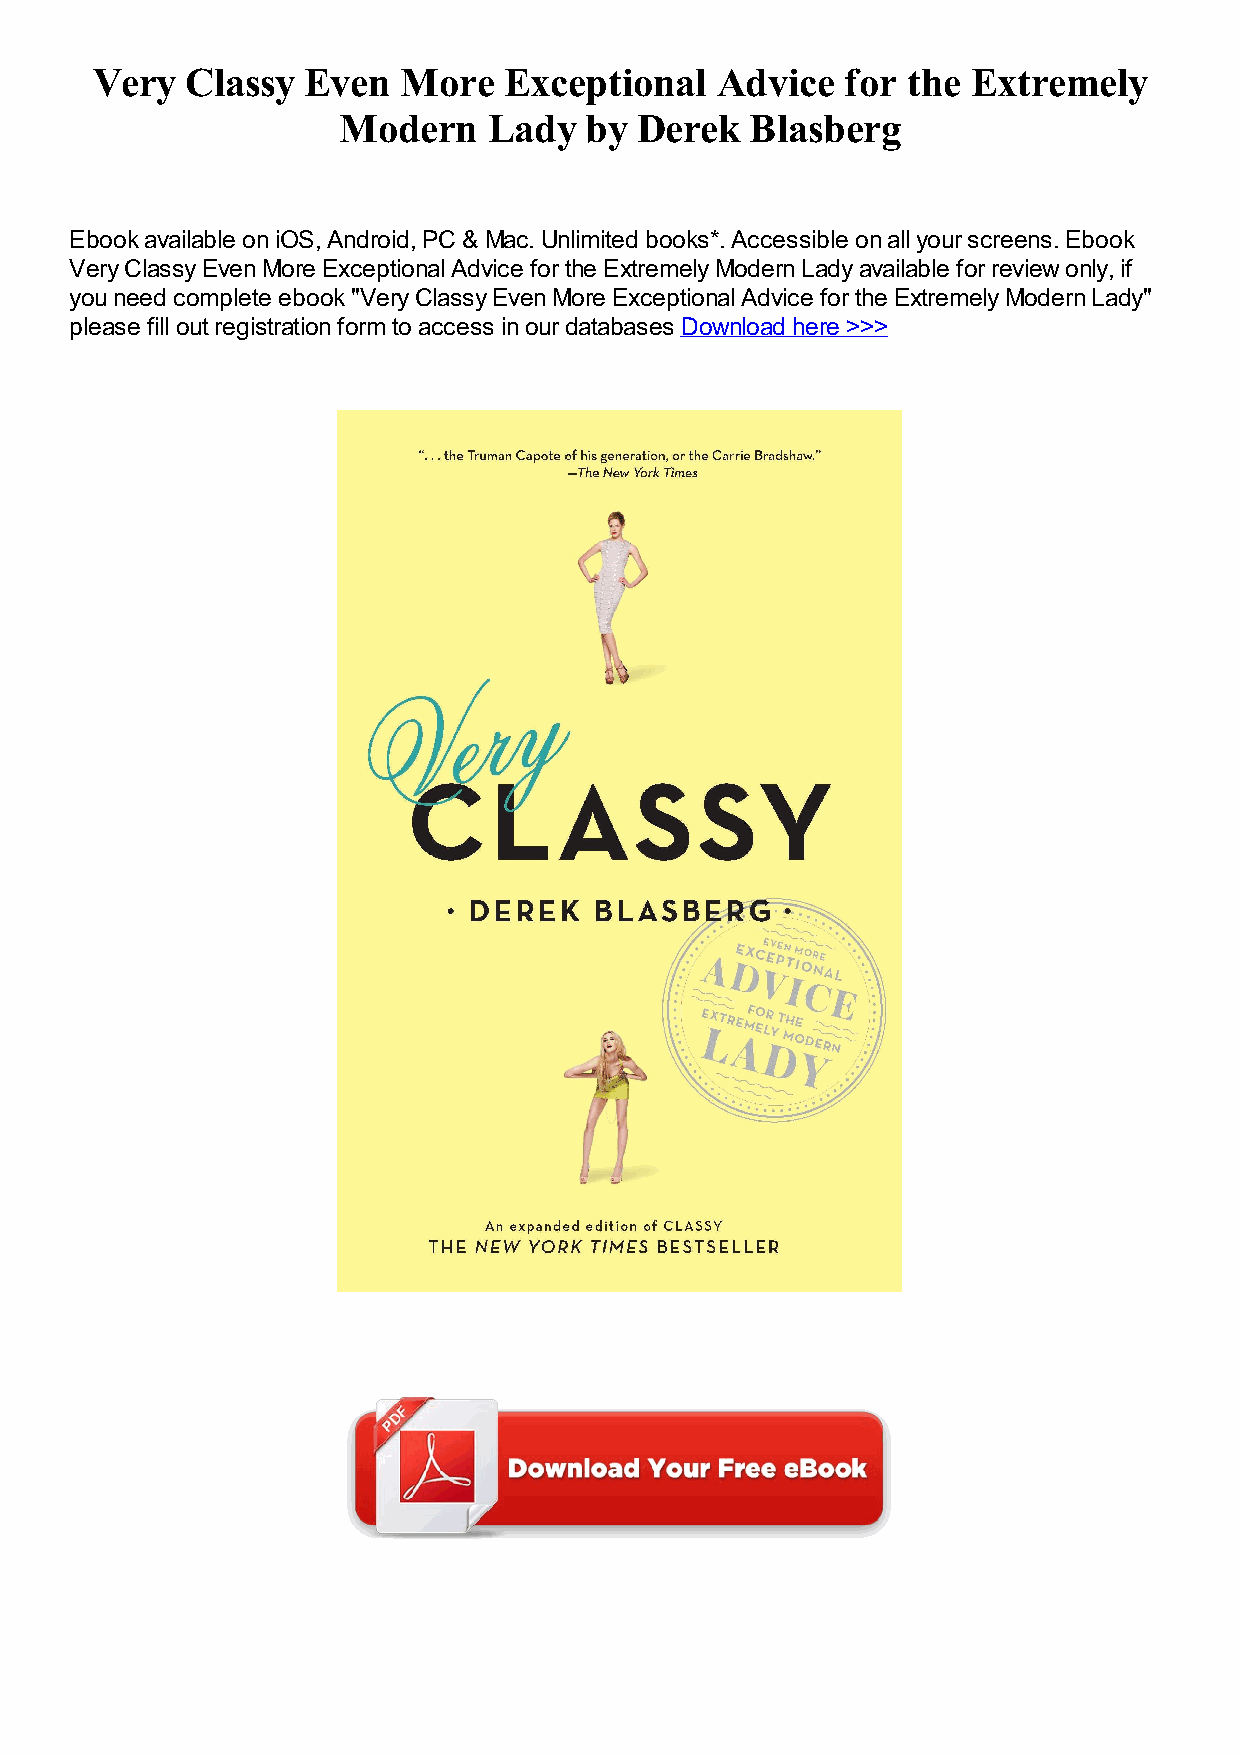
Very  Classy  Even  More   Exceptional   Advice   for the Extremely
 Modern    Lady   by Derek   Blasberg
 Ebook available on iOS, Android, PC & Mac. Unlimited books*. Accessible on all your screens. Ebook
 Very Classy Even More Exceptional Advice for the Extremely Modern Lady available for review only, if
 you need complete ebook "Very Classy Even More Exceptional Advice for the Extremely Modern Lady"
 please fill out registration form to access in our databases Download here >>>